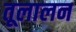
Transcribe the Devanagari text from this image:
तूलालन